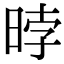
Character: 㫲